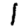
Digit: 1